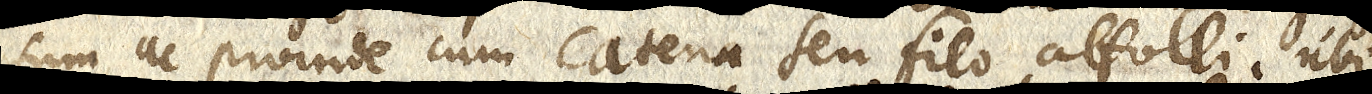
sum, ac proinde cum catena seu filo attolli, ubi